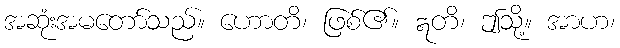
အဆုံးအမတော်သည်။ ဟောတိ၊ ဖြစ်၏။ ဣတိ၊ ဤသို့။ အာဟ၊